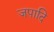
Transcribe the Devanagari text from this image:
जपादि